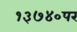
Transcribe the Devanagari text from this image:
१३७४०पर